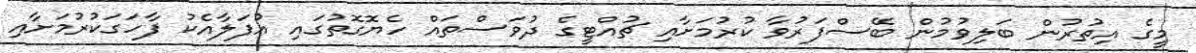
މީގެ އިތުރުން ބަލިވުމުން ބޭސްފަރުވާ ކުރުމަށާއި ޗުއްޓީގެ ދުވަސްތައް ހެޔޮގޮތުގައި އުފަލާއެކު ފާހަގަކުރުމަށާއި